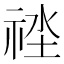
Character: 𥙲